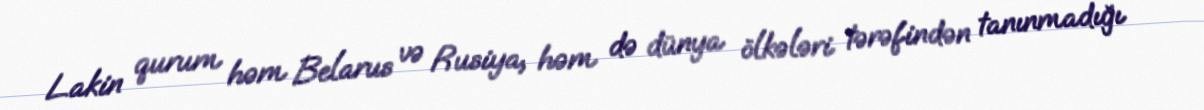
Lakin qurum həm Belarus və Rusiya, həm də dünya ölkələri tərəfindən tanınmadığı